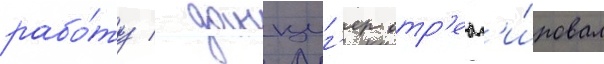
рабо́ту / данциг'ер отр'еаг'и́ровал